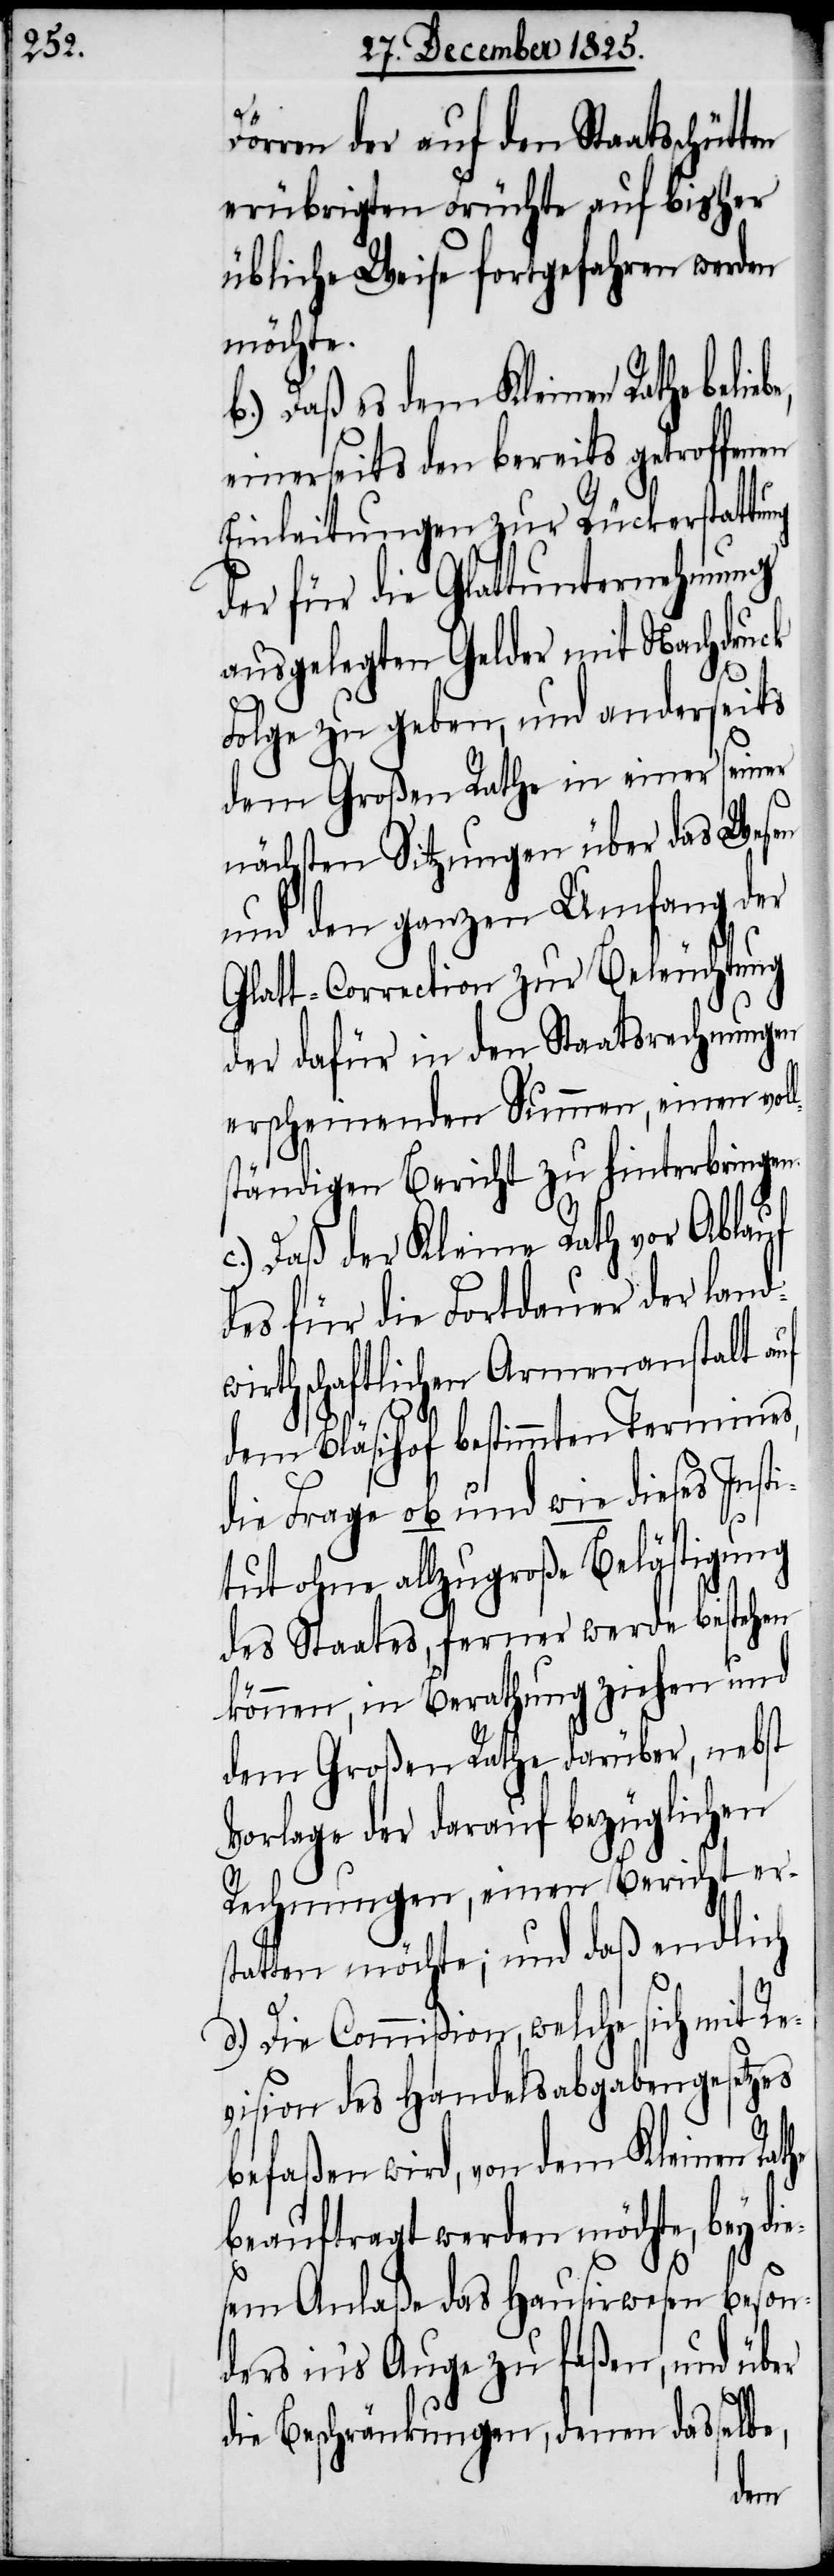
Dörren der auf den Staatsschri¬
erübrigten Früchte auf bisher
übliche Weise fortgefahren werden
möchte.
b.) Daß es dem Kleinen Rathe
einerseits den bereits getroffenen
Einleitungen zur Rückerstattung
der für die Glattunternehmung
ausgelegten Gelder mit Nachdruck
Re¬
Folge zu geben, und anderseits
dem Großen Rathe in einer seiner
nächsten Sitzungen über das Wesen
und den ganzen Umfang der
Glatt-Correction zur Beleuchtung
der dafür in den Staatsrechnungen
erscheinenden Summen, einen vol¬
tändigen Bericht zu hinterbringen.
Daß der Kleine Rath vor Ablauf
des für die Fortdauer der land¬
wirthschaftlichen Armenanstalt auf
dem Bläsihof bestimmten Termines,
die Frage ob und wie dieses Insti¬
tut ohne allzugroße Belästigung
des Staates, ferner werde bestehen
können, in Berathung ziehen und
dem großen Rathe darüber, nebst
Vorlage der darauf bezüglichen
Rechnungen, einen Bericht ers¬
tatten möchte; und daß endlich
d.) Die Commißion, welche sich mit
vision des Handelsabgabengesetzes
befaßen wird, von dem Kleinen
beauftragt werden möchte, bey di¬
esem Anlaße das Hausirwesen beson¬
ders in‘s Auge zu faßen, und über
die Beschränkungen, denen dasselbe,